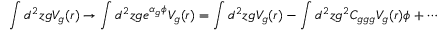
\int d ^ { 2 } z g V _ { g } ( r ) \to \int d ^ { 2 } z g e ^ { \alpha _ { g } \phi } V _ { g } ( r ) = \int d ^ { 2 } z g V _ { g } ( r ) - \int d ^ { 2 } z g ^ { 2 } C _ { g g g } V _ { g } ( r ) \phi + \cdots